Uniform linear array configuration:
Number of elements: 12
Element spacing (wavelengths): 0.25
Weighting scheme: exponential
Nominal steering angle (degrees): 15
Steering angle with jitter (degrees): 13.034
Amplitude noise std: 0.05
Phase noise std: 0.05

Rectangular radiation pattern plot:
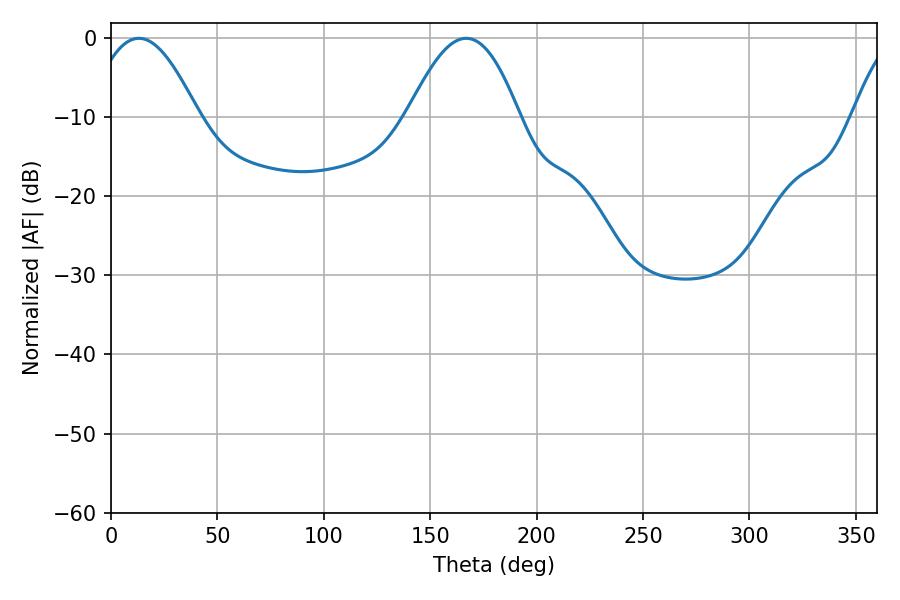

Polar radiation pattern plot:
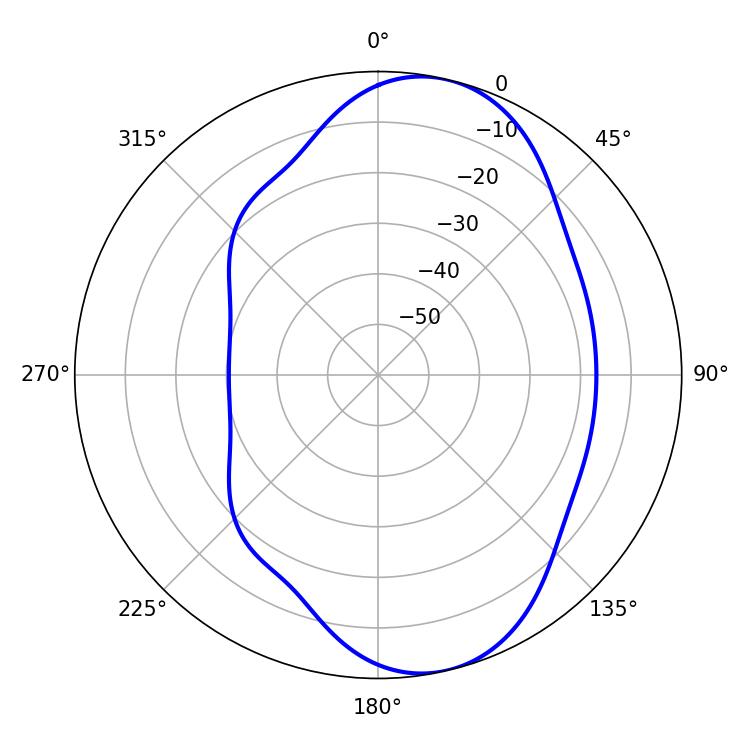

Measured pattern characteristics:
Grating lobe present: FALSE
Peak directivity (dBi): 8.501
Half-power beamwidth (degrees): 27.72
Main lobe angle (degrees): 13.14